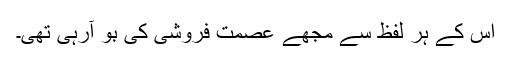
اس کے ہر لفظ سے مجھے عصمت فروشی کی بو آرہی تھی۔